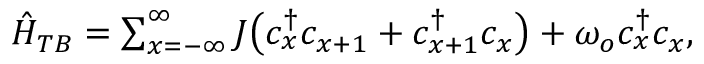
\begin{array} { r } { \hat { H } _ { T B } = \sum _ { x = - \infty } ^ { \infty } J \big ( c _ { x } ^ { \dagger } c _ { x + 1 } + c _ { x + 1 } ^ { \dagger } c _ { x } \big ) + \omega _ { o } c _ { x } ^ { \dagger } c _ { x } , } \end{array}